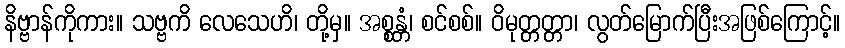
နိဗ္ဗာန်ကိုကား။ သဗ္ဗကိ လေသေဟိ၊ တို့မှ။ အစ္စန္တံ၊ စင်စစ်။ ဝိမုတ္တတ္တာ၊ လွတ်မြောက်ပြီးအဖြစ်ကြောင့်။